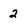
Character: 2